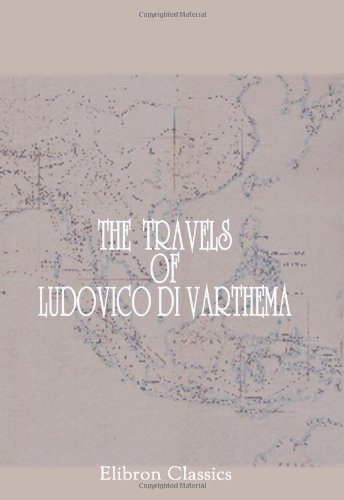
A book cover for The Travels of Ludovico di Varthema in Egypt, Syria, Arabia Deserta and Arabia Felix, in Persia, India, and Ethiopia, A.D. 1503 to 1508; Ludovico di Varthema; Travel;